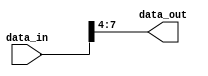
module PartSelectContinuousAssignment (
    input wire [15:0] data_in,  // Input signal: 16-bit vector
    output wire [3:0] data_out   // Output signal: 4-bit vector
);

// Continuous assignment to extract bits [7:4] from data_in
assign data_out = data_in[7:4];

endmodule